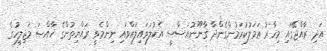
އަދި ރާއްޖޭގައި މިހާރު ޢަމަލުކުރަމުންގެންދާ ޤާނޫނުއަސާސީ އެކުލަވައިލައްވައި ނިންމެވީ ރައްޔިތުންގެ ޚާއްޞަ މަޖިލީހުގެ